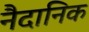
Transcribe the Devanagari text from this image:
नैदानिक